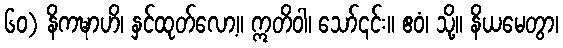
၆၀) နိကဍ္ဎာဟိ၊ နှင်ထုတ်လော့။ ဣတိဝါ၊ သော်၎င်း။ ဧဝံ၊ သို့။ နိယမေတွာ၊